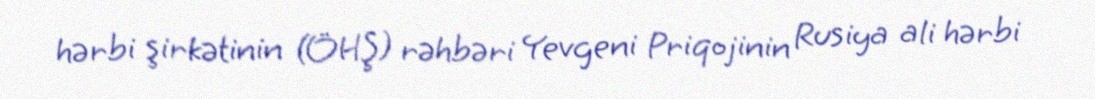
hərbi şirkətinin (ÖHŞ) rəhbəri Yevgeni Priqojinin Rusiya ali hərbi